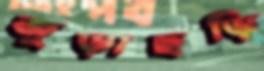
জুড়াছড়ি